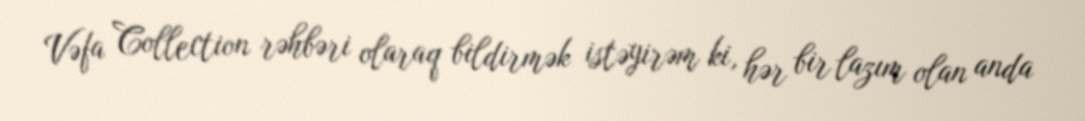
Vəfa Collection rəhbəri olaraq bildirmək istəyirəm ki, hər bir lazım olan anda